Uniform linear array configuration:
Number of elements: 16
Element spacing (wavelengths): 0.5
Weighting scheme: cosine
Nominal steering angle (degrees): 15
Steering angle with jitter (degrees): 14.07
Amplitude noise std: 0.05
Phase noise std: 0.05

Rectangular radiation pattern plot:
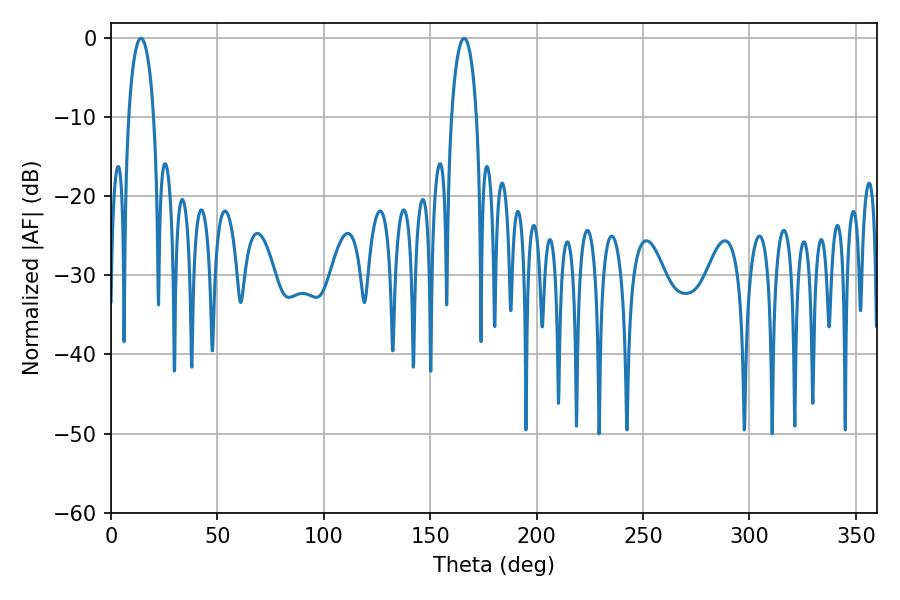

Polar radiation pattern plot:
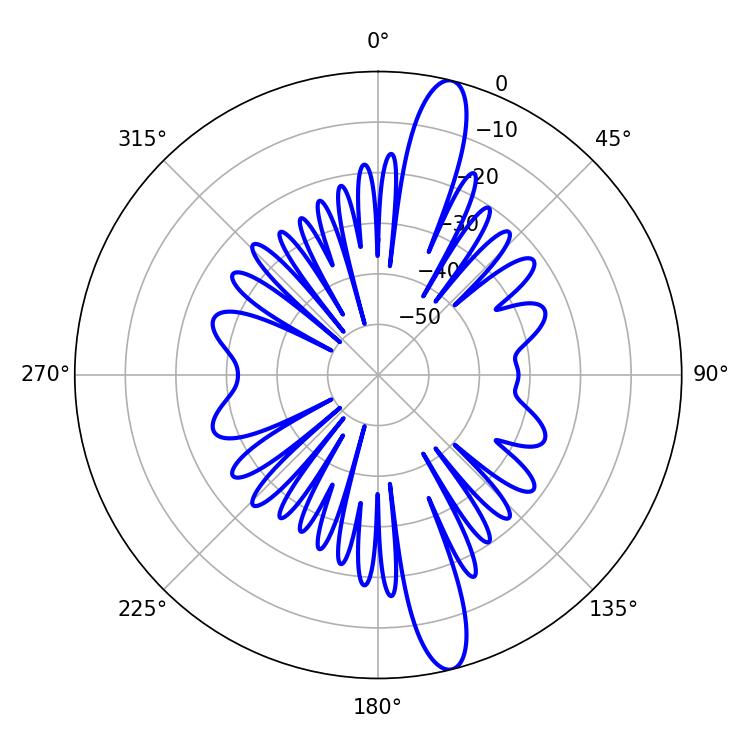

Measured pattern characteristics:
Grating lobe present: FALSE
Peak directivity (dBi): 15.026
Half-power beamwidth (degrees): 6.66
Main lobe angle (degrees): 14.04